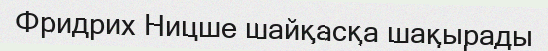
Фридрих Ницше шайқасқа шақырады